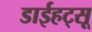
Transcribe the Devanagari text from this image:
डाईहट्सू